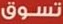
تسوق